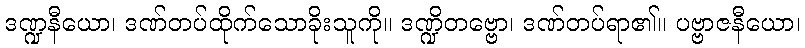
ဒဏ္ဍနီယော၊ ဒဏ်တပ်ထိုက်သောခိုးသူကို။ ဒဏ္ဍိတဗ္ဗော၊ ဒဏ်တပ်ရာ၏။ ပဗ္ဗာဇနီယော၊